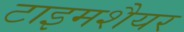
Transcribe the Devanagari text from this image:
टाइमशैयर